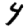
Digit: 4